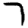
Digit: 7